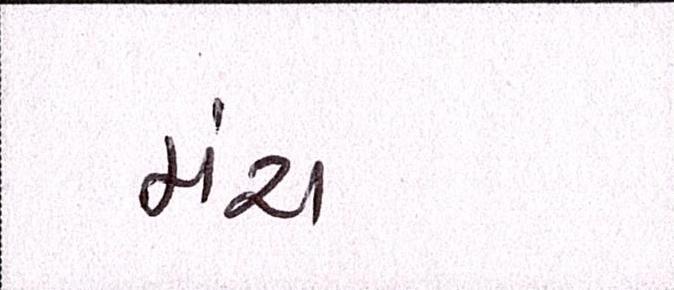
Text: મંચ